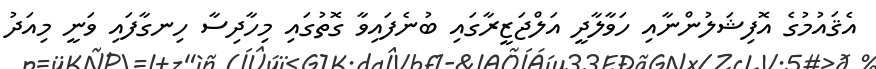
އެޤައުމުގެ އޮފިޝަލުންނާއި ހަވާލާދީ އަލްޖަޒީރާގައި ބުނެފައިވާ ގޮތުގައި މިހާދިސާ ހިނގާފައި ވަނީ މިއަދު